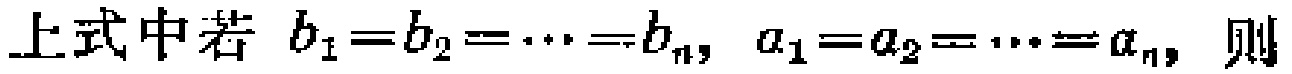
上式中若 \(b_1 = b_2 = \cdots = b_n,\ a_1 = a_2 = \cdots = a_n,\) 则